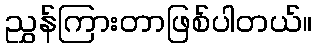
ညွှန်ကြားတာဖြစ်ပါတယ်။